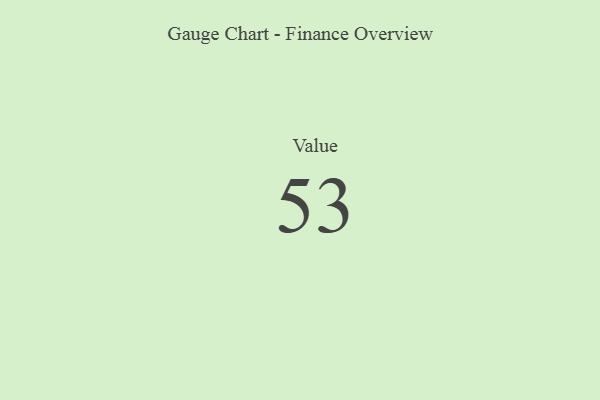
{"axis": {"x": "Metric", "y": "Value"}, "legend": [""], "data": [{"x": "Value", "y": 53, "type": ""}]}